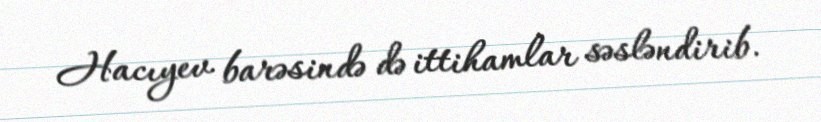
Hacıyev barəsində də ittihamlar səsləndirib.